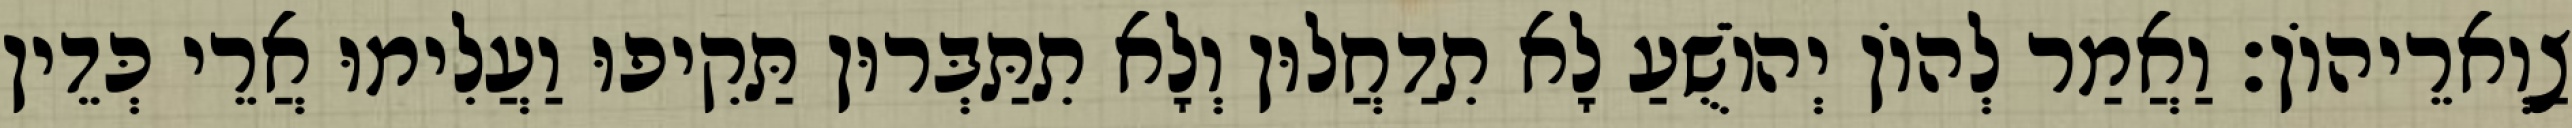
צַוְארֵיהוֹן׃ וַאֲמַר לְהוֹן יְהוֹשֻׁעַ לָא תִדַחֲלוּן וְלָא תִתַּבְּרוּן תַּקִיפוּ וַעֲלִימוּ אֲרֵי כְּדֵין